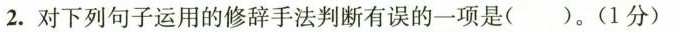
2.对下列句子运用的修辞手法判断有误的一项是（ ）。(1分)